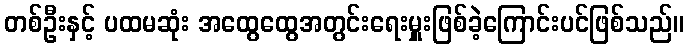
တစ်ဦးနှင့် ပထမဆုံး အထွေထွေအတွင်းရေးမှူးဖြစ်ခဲ့ကြောင်းပင်ဖြစ်သည်။